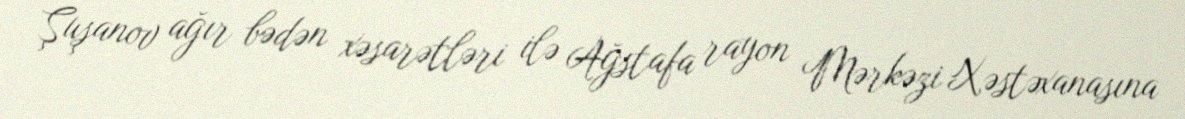
Şuşanov ağır bədən xəsarətləri ilə Ağstafa rayon Mərkəzi Xəstəxanasına